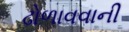
ઢોળાવવાની